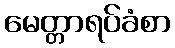
မေတ္တာရပ်ခံစာ